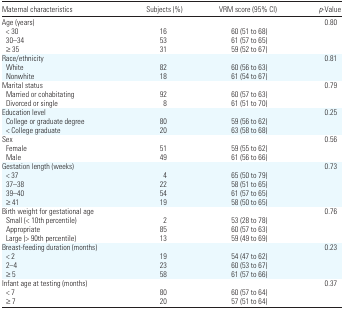
<table><thead><tr><td><b>Maternal characteristics</b></td><td><b>Subjects (%)</b></td><td><b>VRM score (95% CI)</b></td><td><b><i>p</i>-Value</b></td></tr></thead><tbody><tr><td colspan="3">Age (years)</td><td>0.80</td></tr><tr><td> &lt; 30</td><td>16</td><td>60 (51 to 68)</td><td></td></tr><tr><td> 30–34</td><td>53</td><td>61 (57 to 65)</td><td></td></tr><tr><td> ≥35</td><td>31</td><td>59 (52 to 67)</td><td></td></tr><tr><td colspan="3">Race/ethnicity</td><td>0.81</td></tr><tr><td> White</td><td>82</td><td>60 (56 to 63)</td><td></td></tr><tr><td> Nonwhite</td><td>18</td><td>61 (54 to 67)</td><td></td></tr><tr><td colspan="3">Marital status</td><td>0.79</td></tr><tr><td> Married or cohabitating</td><td>92</td><td>60 (57 to 63)</td><td></td></tr><tr><td> Divorced or single</td><td>8</td><td>61 (51 to 70)</td><td></td></tr><tr><td colspan="3">Education level</td><td>0.25</td></tr><tr><td> College or graduate degree</td><td>80</td><td>59 (56 to 62)</td><td></td></tr><tr><td> &lt; College graduate</td><td>20</td><td>63 (58 to 68)</td><td></td></tr><tr><td colspan="3">Sex</td><td>0.56</td></tr><tr><td> Female</td><td>51</td><td>59 (55 to 62)</td><td></td></tr><tr><td> Male</td><td>49</td><td>61 (56 to 66)</td><td></td></tr><tr><td colspan="3">Gestation length (weeks)</td><td>0.73</td></tr><tr><td> &lt; 37</td><td>4</td><td>65 (50 to 79)</td><td></td></tr><tr><td> 37–38</td><td>22</td><td>58 (51 to 65)</td><td></td></tr><tr><td> 39–40</td><td>54</td><td>61 (57 to 65)</td><td></td></tr><tr><td> ≥41</td><td>19</td><td>58 (50 to 65)</td><td></td></tr><tr><td colspan="3">Birth weight for gestational age</td><td>0.76</td></tr><tr><td> Small (&lt; 10th percentile)</td><td>2</td><td>53 (28 to 78)</td><td></td></tr><tr><td> Appropriate</td><td>85</td><td>60 (57 to 63)</td><td></td></tr><tr><td> Large (&gt; 90th percentile)</td><td>13</td><td>59 (49 to 69)</td><td></td></tr><tr><td colspan="3">Breast-feeding duration (months)</td><td>0.23</td></tr><tr><td> &lt; 2</td><td>19</td><td>54 (47 to 62)</td><td></td></tr><tr><td> 2–4</td><td>23</td><td>60 (53 to 67)</td><td></td></tr><tr><td> ≥5</td><td>58</td><td>61 (57 to 66)</td><td></td></tr><tr><td colspan="3">Infant age at testing (months)</td><td>0.37</td></tr><tr><td> &lt; 7</td><td>80</td><td>60 (57 to 64)</td><td></td></tr><tr><td> ≥7</td><td>20</td><td>57 (51 to 64)</td><td></td></tr></tbody></table>